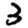
Digit: 3